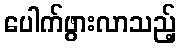
ပေါက်ဖွားလာသည့်